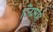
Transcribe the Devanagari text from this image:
जिम्पो